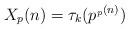
LaTeX: \begin{align*} X_{p}(n) = \tau_{k}(p^{_p(n)}) \end{align*}